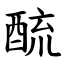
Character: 酼